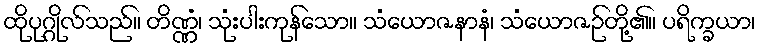
ထိုပုဂ္ဂိုလ်သည်။ တိဏ္ဏံ၊ သုံးပါးကုန်သော။ သံယောဇနာနံ၊ သံယောဇဉ်တို့၏။ ပရိက္ခယာ၊